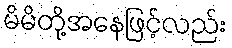
မိမိတို့အနေဖြင့်လည်း